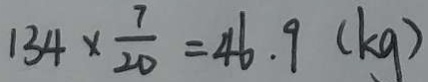
1 3 4 \times \frac { 7 } { 2 0 } = 4 6 . 9 ( k g )